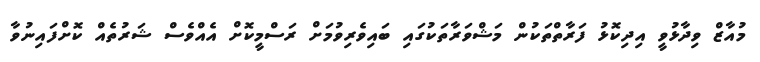
މުއާޒް ވިދާޅުވީ އިދިކޮޅު ފަރާތްތަކުން މަޝްވަރާތަކުގައި ބައިވެރިވުމަށް ރަސްމީކޮށް އެއްވެސް ޝަރުތެއް ކޮށްފައިނުވާ